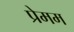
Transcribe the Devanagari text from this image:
प्रेमम